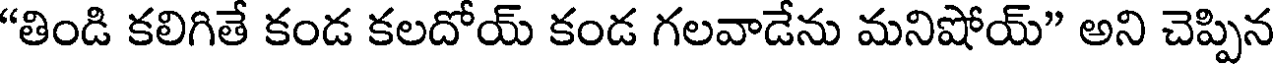
"తిండి కలిగితే కండ కలదోయ్ కండ గలవాడేను మనిషోయ్" అని చెప్పిన